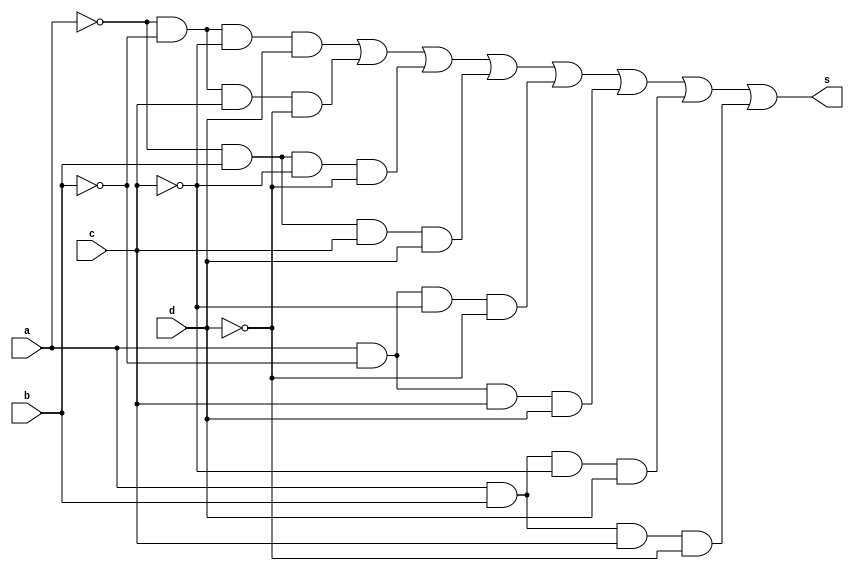
// Nome: Raphaela Fernanda Silva


module mintermos (s,a,b,c,d);
output s;
input a,b,c,d;
wire s1,s2,s3,s4,s5,s6,s7,s8;


and AND1(s1,~a,~b,~c,d);
and AND2(s2,~a,~b,c,~d);
and AND3 (s3, ~a,b,~c,~d);
and AND4 (s4,~a,b,c,d);
and AND5 (s5,a,~b,~c,~d);
and AND6 (s6,a,~b,c,d);
and AND7 (s7,a,b,~c,d);
and AND8 (s8,a,b,c,~d);

or OR1 (s,s1,s2,s3,s4,s5,s6,s7,s8); 


endmodule

module testmintermos;

wire s;
reg a,b,c,d;

mintermos MT (s,a,b,c,d);

 initial begin
      $display("a  b   c   d = s0");
      $monitor("%b  %b   %b   %b =  %b", a, b, c, d, s);
  
	     a=0; b=0; c=0; d=0;  
    #1  a=0; b=0; c=0; d=1;
    #1  a=0; b=0; c=1; d=0;
    #1  a=0; b=0; c=1; d=1;
    #1  a=0; b=1; c=0; d=0;
 	 #1  a=0; b=1; c=0; d=1;
    #1  a=0; b=1; c=1; d=0;
    #1  a=0; b=1; c=1; d=1;
    #1  a=1; b=0; c=0; d=0;
    #1  a=1; b=0; c=0; d=1;
    #1  a=1; b=0; c=1; d=0;
    #1  a=1; b=0; c=1; d=1;
    #1  a=1; b=1; c=0; d=0;
    #1  a=1; b=1; c=0; d=1;
    #1  a=1; b=1; c=1; d=0;
    #1  a=1; b=1; c=1; d=1;


        
    end
    endmodule